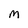
Character: m